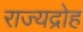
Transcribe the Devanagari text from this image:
राज्यद्रोह